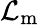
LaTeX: {\mathcal{L}}_{\mathrm{m}}